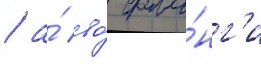
/ а́ во́ фла́нг'и